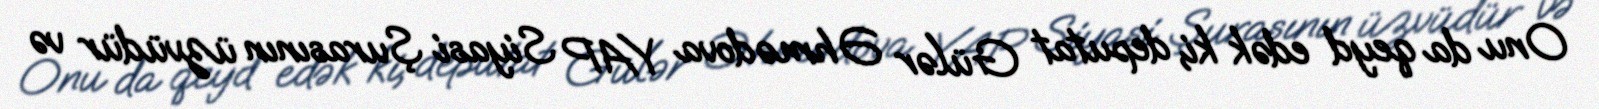
Onu da qeyd edək ki, deputat Gülər Əhmədova YAP Siyasi Şurasının üzvüdür və